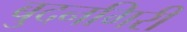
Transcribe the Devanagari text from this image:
बुदनगिरी